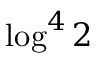
\log ^ { 4 } 2